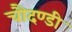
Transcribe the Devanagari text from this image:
चौदण्डी